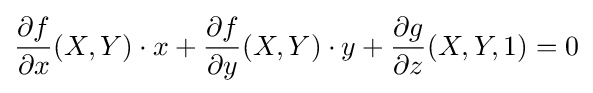
{\frac {\partial f}{\partial x}}(X,Y)\cdot x+{\frac {\partial f}{\partial y}}(X,Y)\cdot y+{\frac {\partial g}{\partial z}}(X,Y,1)=0